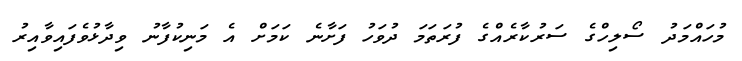
މުހައްމަދު ސޯލިހްގެ ސަރުކާރެއްގެ ފުރަތަމަ ދުވަހު ފަށާނެ ކަމަށް އެ މަނިކުފާނު ވިދާޅުވެފައިވާއިރު